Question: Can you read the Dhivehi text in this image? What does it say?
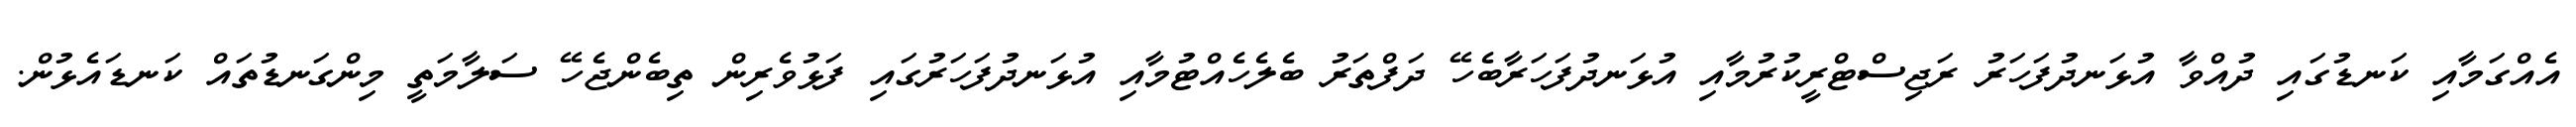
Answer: އެއްގަމާއި ކަނޑުގައި ދުއްވާ އުޅަނދުފަހަރު ރަޖިސްޓްރީކުރުމާއި އުޅަނދުފަހަރާބެހޭ ދަފްތަރު ބެލެހެއްޓުމާއި އުޅަނދުފަހަރުގައި ފަޅުވެރިން ތިބެންޖެހޭ ސަލާމަތީ މިންގަނޑުތައް ކަނޑައެޅުން.